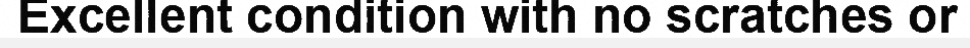
Excellent condition with no scratches or